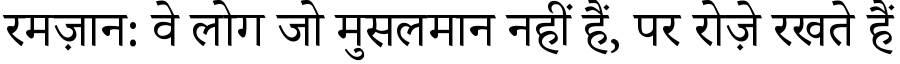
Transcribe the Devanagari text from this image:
रमज़ान: वे लोग जो मुसलमान नहीं हैं, पर रोज़े रखते हैं